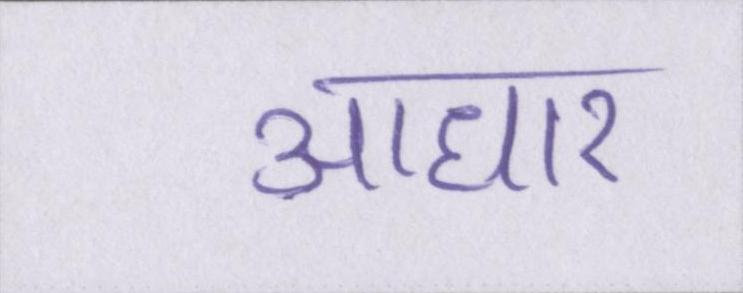
आधार